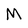
Character: M